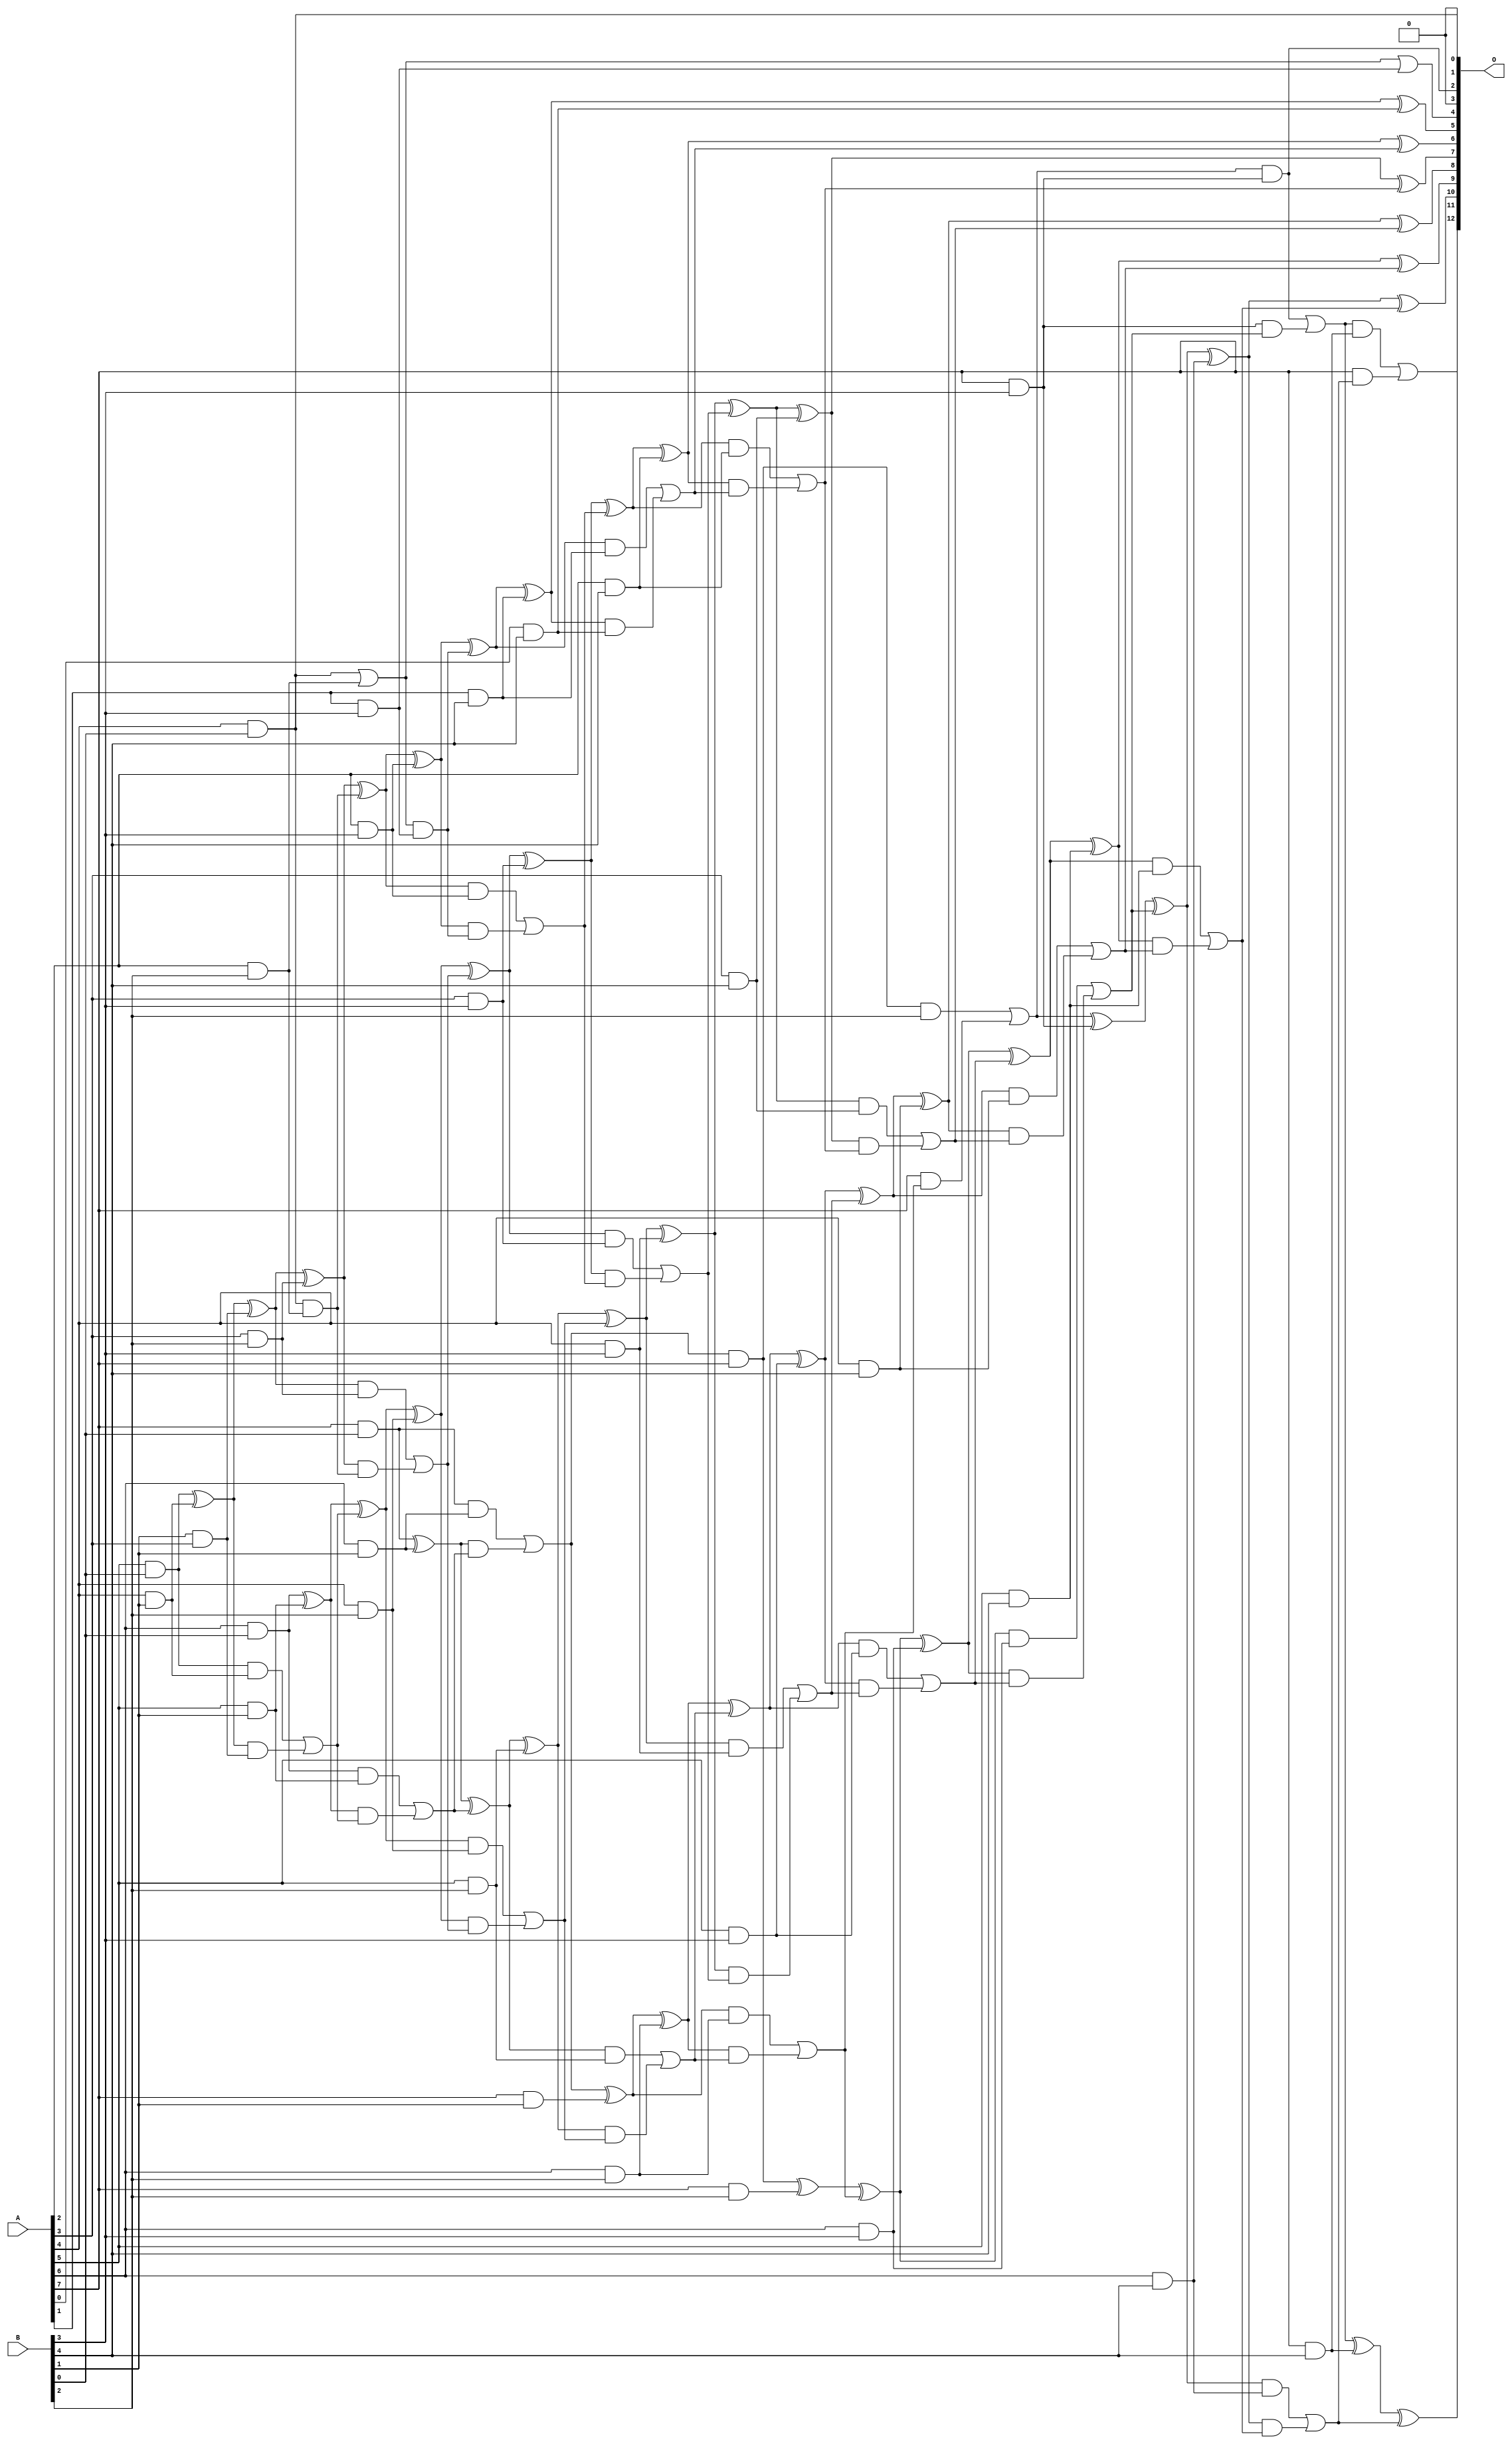
// This program was cloned from: https://github.com/ehw-fit/evoapproxlib
// License: MIT License

/***
* This code is a part of EvoApproxLib library (ehw.fit.vutbr.cz/approxlib) distributed under The MIT License.
* When used, please cite the following article(s): V. Mrazek, L. Sekanina, Z. Vasicek "Libraries of Approximate Circuits: Automated Design and Application in CNN Accelerators" IEEE Journal on Emerging and Selected Topics in Circuits and Systems, Vol 10, No 4, 2020 
* This file contains a circuit from a sub-set of pareto optimal circuits with respect to the pwr and mae parameters
***/
// MAE% = 0.10 %
// MAE = 8.2 
// WCE% = 0.40 %
// WCE = 33 
// WCRE% = 100.00 %
// EP% = 85.21 %
// MRE% = 2.40 %
// MSE = 110 
// PDK45_PWR = 0.155 mW
// PDK45_AREA = 327.1 um2
// PDK45_DELAY = 1.09 ns

module mul8x5u_2UN (
    A,
    B,
    O
);

input [7:0] A;
input [4:0] B;
output [12:0] O;

wire sig_13,sig_17,sig_18,sig_19,sig_20,sig_25,sig_26,sig_27,sig_28,sig_46,sig_47,sig_48,sig_49,sig_50,sig_51,sig_52,sig_53,sig_54,sig_55,sig_56;
wire sig_57,sig_58,sig_59,sig_60,sig_61,sig_62,sig_65,sig_66,sig_67,sig_68,sig_69,sig_70,sig_78,sig_79,sig_83,sig_84,sig_85,sig_86,sig_87,sig_88;
wire sig_89,sig_90,sig_91,sig_92,sig_93,sig_94,sig_95,sig_96,sig_97,sig_98,sig_99,sig_100,sig_101,sig_102,sig_103,sig_104,sig_105,sig_106,sig_107,sig_109;
wire sig_110,sig_111,sig_112,sig_113,sig_114,sig_115,sig_118,sig_119,sig_123,sig_124,sig_125,sig_126,sig_127,sig_128,sig_129,sig_130,sig_131,sig_132,sig_133,sig_134;
wire sig_135,sig_136,sig_137,sig_138,sig_139,sig_140,sig_141,sig_142,sig_143,sig_144,sig_145,sig_146,sig_147,sig_148,sig_149,sig_150,sig_151,sig_152,sig_153,sig_154;
wire sig_155,sig_156,sig_157,sig_158,sig_159,sig_160,sig_163,sig_164,sig_165,sig_166,sig_167,sig_168,sig_169,sig_170,sig_171,sig_172,sig_173,sig_174,sig_175,sig_176;
wire sig_177,sig_178,sig_179,sig_180,sig_181,sig_182,sig_183,sig_184,sig_185,sig_186,sig_187,sig_188,sig_189,sig_190,sig_191,sig_192,sig_193,sig_194,sig_195,sig_196;
wire sig_197;

assign sig_13 = B[1] & A[3];
assign sig_17 = A[4] & B[0];
assign sig_18 = A[5] & B[0];
assign sig_19 = A[6] & B[0];
assign sig_20 = A[7] & B[0];
assign sig_25 = A[4] & B[1];
assign sig_26 = A[5] & B[1];
assign sig_27 = A[6] & B[1];
assign sig_28 = A[7] & B[1];
assign sig_46 = sig_18 ^ sig_25;
assign sig_47 = sig_18 & sig_25;
assign sig_48 = sig_46 & sig_13;
assign sig_49 = sig_46 ^ sig_13;
assign sig_50 = sig_47 | sig_48;
assign sig_51 = sig_19 ^ sig_26;
assign sig_52 = sig_19 & sig_26;
assign sig_53 = sig_51 & sig_50;
assign sig_54 = sig_51 ^ sig_50;
assign sig_55 = sig_52 | sig_53;
assign sig_56 = sig_20 ^ sig_27;
assign sig_57 = sig_20 & sig_27;
assign sig_58 = sig_56 & sig_55;
assign sig_59 = sig_56 ^ sig_55;
assign sig_60 = sig_57 | sig_58;
assign sig_61 = sig_60 & A[7];
assign sig_62 = sig_60 ^ sig_28;
assign sig_65 = A[2] & B[2];
assign sig_66 = A[3] & B[2];
assign sig_67 = A[4] & B[2];
assign sig_68 = A[5] & B[2];
assign sig_69 = A[6] & B[2];
assign sig_70 = A[7] & B[2];
assign sig_78 = sig_17 | sig_65;
assign sig_79 = sig_17 & sig_65;
assign sig_83 = sig_49 ^ sig_66;
assign sig_84 = sig_49 & sig_66;
assign sig_85 = sig_83 & sig_79;
assign sig_86 = sig_83 ^ sig_79;
assign sig_87 = sig_84 | sig_85;
assign sig_88 = sig_54 ^ sig_67;
assign sig_89 = sig_54 & sig_67;
assign sig_90 = sig_88 & sig_87;
assign sig_91 = sig_88 ^ sig_87;
assign sig_92 = sig_89 | sig_90;
assign sig_93 = sig_59 ^ sig_68;
assign sig_94 = sig_59 & sig_68;
assign sig_95 = sig_93 & sig_92;
assign sig_96 = sig_93 ^ sig_92;
assign sig_97 = sig_94 | sig_95;
assign sig_98 = sig_62 ^ sig_69;
assign sig_99 = sig_62 & sig_69;
assign sig_100 = sig_98 & sig_97;
assign sig_101 = sig_98 ^ sig_97;
assign sig_102 = sig_99 | sig_100;
assign sig_103 = sig_61 ^ sig_70;
assign sig_104 = sig_61 & B[2];
assign sig_105 = A[7] & sig_102;
assign sig_106 = sig_103 ^ sig_102;
assign sig_107 = sig_104 | sig_105;
assign sig_109 = A[1] & B[3];
assign sig_110 = A[2] & B[3];
assign sig_111 = A[3] & B[3];
assign sig_112 = A[4] & B[3];
assign sig_113 = A[5] & B[3];
assign sig_114 = A[6] & B[3];
assign sig_115 = A[7] & B[3];
assign sig_118 = sig_78 | sig_109;
assign sig_119 = sig_78 & sig_109;
assign sig_123 = sig_86 ^ sig_110;
assign sig_124 = sig_86 & sig_110;
assign sig_125 = sig_123 & sig_119;
assign sig_126 = sig_123 ^ sig_119;
assign sig_127 = sig_124 | sig_125;
assign sig_128 = sig_91 ^ sig_111;
assign sig_129 = sig_91 & sig_111;
assign sig_130 = sig_128 & sig_127;
assign sig_131 = sig_128 ^ sig_127;
assign sig_132 = sig_129 | sig_130;
assign sig_133 = sig_96 ^ sig_112;
assign sig_134 = sig_96 & sig_112;
assign sig_135 = sig_133 & sig_132;
assign sig_136 = sig_133 ^ sig_132;
assign sig_137 = sig_134 | sig_135;
assign sig_138 = sig_101 ^ sig_113;
assign sig_139 = sig_101 & sig_113;
assign sig_140 = sig_138 & sig_137;
assign sig_141 = sig_138 ^ sig_137;
assign sig_142 = sig_139 | sig_140;
assign sig_143 = sig_106 ^ sig_114;
assign sig_144 = sig_106 & sig_114;
assign sig_145 = sig_143 & sig_142;
assign sig_146 = sig_143 ^ sig_142;
assign sig_147 = sig_144 | sig_145;
assign sig_148 = sig_107 ^ sig_115;
assign sig_149 = sig_107 & sig_115;
assign sig_150 = sig_115 & sig_147;
assign sig_151 = sig_148 ^ sig_147;
assign sig_152 = sig_149 | sig_150;
assign sig_153 = A[0] & B[4];
assign sig_154 = A[1] & B[4];
assign sig_155 = A[2] & B[4];
assign sig_156 = A[3] & B[4];
assign sig_157 = A[4] & B[4];
assign sig_158 = A[5] & B[4];
assign sig_159 = A[6] & B[4];
assign sig_160 = A[7] & B[4];
assign sig_163 = sig_126 ^ sig_154;
assign sig_164 = sig_126 & sig_154;
assign sig_165 = sig_163 & sig_153;
assign sig_166 = sig_163 ^ sig_153;
assign sig_167 = sig_164 | sig_165;
assign sig_168 = sig_131 ^ sig_155;
assign sig_169 = sig_131 & sig_155;
assign sig_170 = sig_168 & sig_167;
assign sig_171 = sig_168 ^ sig_167;
assign sig_172 = sig_169 | sig_170;
assign sig_173 = sig_136 ^ sig_156;
assign sig_174 = sig_136 & sig_156;
assign sig_175 = sig_173 & sig_172;
assign sig_176 = sig_173 ^ sig_172;
assign sig_177 = sig_174 | sig_175;
assign sig_178 = sig_141 ^ sig_157;
assign sig_179 = sig_141 & sig_157;
assign sig_180 = sig_178 & sig_177;
assign sig_181 = sig_178 ^ sig_177;
assign sig_182 = sig_179 | sig_180;
assign sig_183 = sig_146 ^ sig_158;
assign sig_184 = sig_146 & sig_158;
assign sig_185 = sig_183 & sig_182;
assign sig_186 = sig_183 ^ sig_182;
assign sig_187 = sig_184 | sig_185;
assign sig_188 = sig_151 ^ sig_159;
assign sig_189 = sig_151 & sig_159;
assign sig_190 = sig_188 & sig_187;
assign sig_191 = sig_188 ^ sig_187;
assign sig_192 = sig_189 | sig_190;
assign sig_193 = sig_152 ^ sig_160;
assign sig_194 = sig_152 & sig_160;
assign sig_195 = A[7] & sig_192;
assign sig_196 = sig_193 ^ sig_192;
assign sig_197 = sig_194 | sig_195;

assign O[12] = sig_197;
assign O[11] = sig_196;
assign O[10] = sig_191;
assign O[9] = sig_186;
assign O[8] = sig_181;
assign O[7] = sig_176;
assign O[6] = sig_171;
assign O[5] = sig_166;
assign O[4] = sig_118;
assign O[3] = 1'b0;
assign O[2] = sig_149;
assign O[1] = sig_17;
assign O[0] = 1'b0;

endmodule